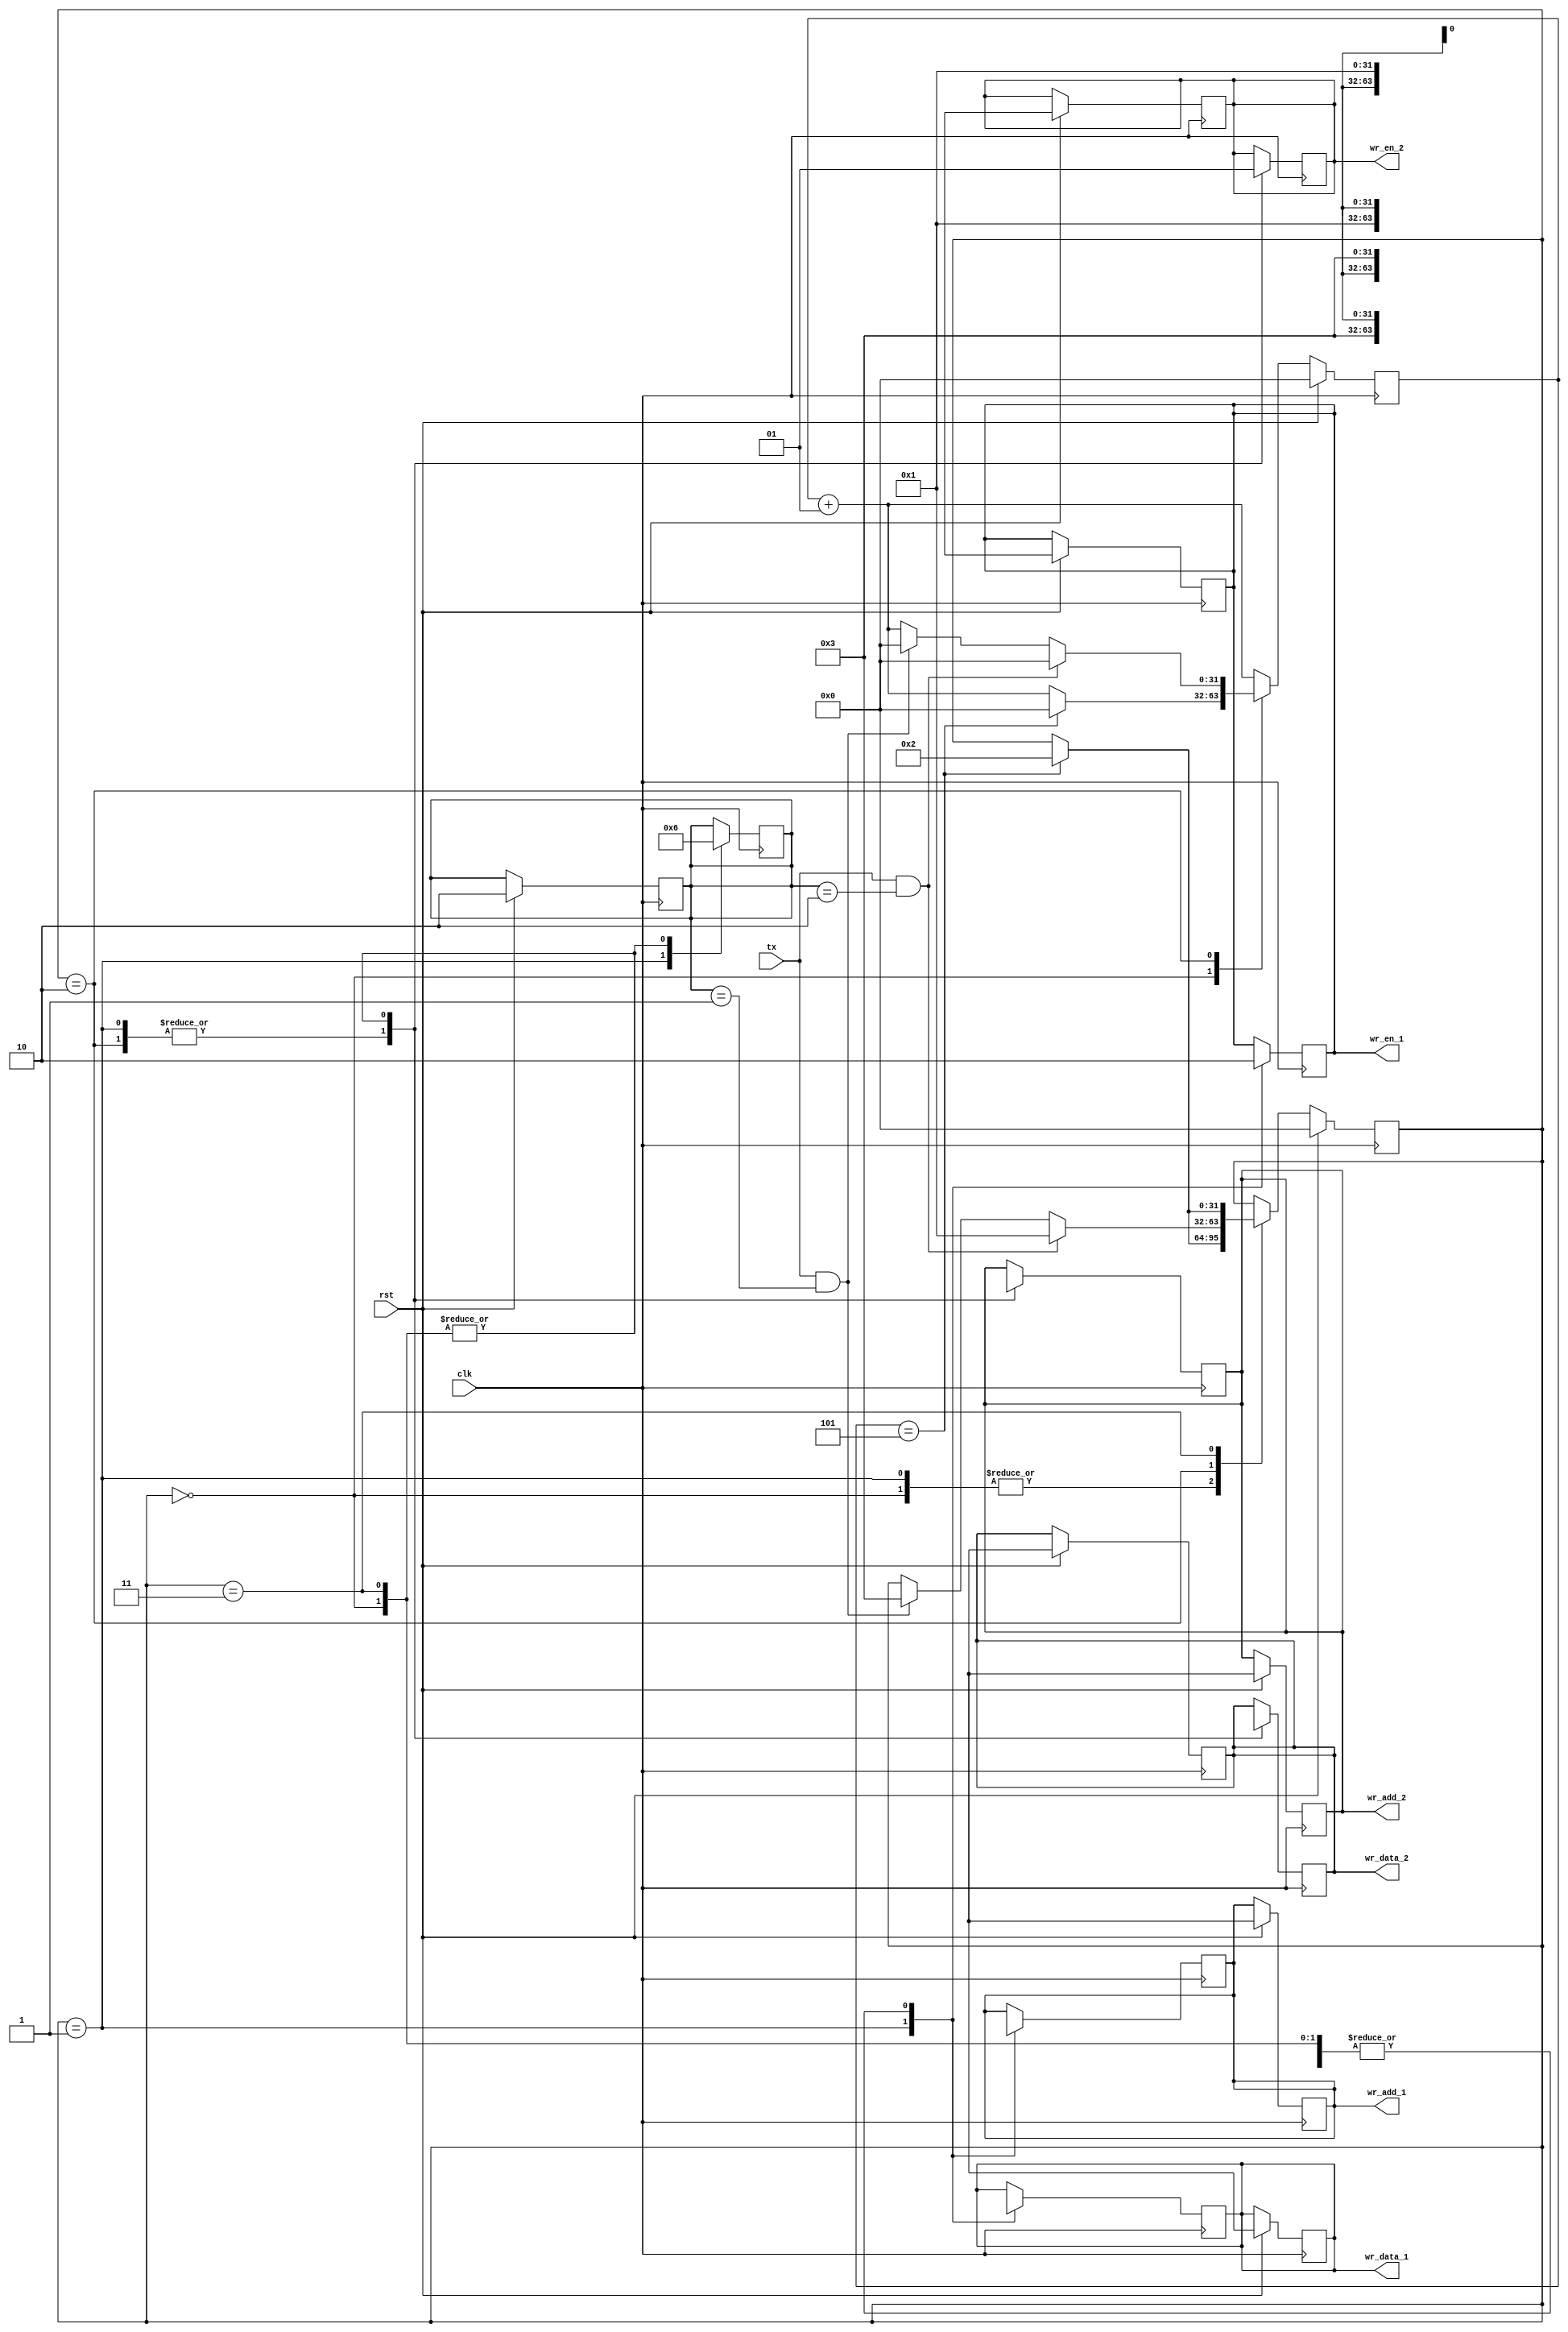
/*
    Author : Rakotojaona Nambinina
    email : Andrianoelisoa.Rakotojaona@gmail.com
    Description : State machine writing data alternatively to two different BRAM , BRAM1 and BRAM2
*/
`timescale 1ns / 1ps

module counter(
               clk,
               rst,
               tx,
               wr_en_1,
               wr_add_1,
               wr_data_1,
               wr_en_2,
               wr_add_2,
               wr_data_2
               );
  // input port
  input clk;
  input rst;
  input tx;
  // output port 
  output reg  wr_en_1; // enable BRAM1
  output reg [31:0] wr_add_1; // address of BRAM1
  output reg [31:0]wr_data_1; // write data
  output reg wr_en_2; // enable BRAM2
  output reg [31:0] wr_add_2; // write address BRAM2
  output reg [31:0] wr_data_2; // write data on BRAM2
  
  // memory occupied for the two BRAM
  reg [1:0] ramUsed;
  // counter 
  integer counter ;
  
  // state 
  integer state;
  
  always @ (posedge clk)
    begin
      counter <= counter + 1;
      if (rst)
        begin
          state <=0;
          counter <=0;
          ramUsed <=2'b10;
          wr_en_1 <=1'bx;
          wr_add_1 <= 32'dx;
          wr_data_1 <= 32'dx;
          wr_en_2 <=1'bx;
          wr_add_2 <= 32'dx;
          wr_data_2 <= 32'dx;
        end
      else
        begin
          case (state)
            0:
              begin
                if (counter ==32'd5)
                  begin
                    state <=2;
                    counter <=0;
                  end 
              end
            1:
              begin
                if (counter ==32'd5)
                  begin
                    state <=2;
                  end 
              end
            2:
              begin
                if (tx ==1  && ramUsed == 2'b01)
                  begin
                    state <=3;
                    counter <=0;
                  end
               if (tx ==1 && ramUsed == 2'b10)
                 begin
                   state <=1;
                   counter <=0;
                 end  
              end 
            3:
              begin
                if (counter == 5'd5)
                  begin
                    state <=2;
                  end 
              end  
          endcase
        end 
      end
  
  always @ (negedge clk)
    begin
      case (state)
        0:
          begin
             // ram Used
            ramUsed <=2'b10;
            // do not write to the BRAM1
            wr_en_1 <=0;
            wr_add_1 <= 32'dx;
            wr_data_1 <=32'dx;
            // Write to the BRAM2
            wr_en_2 <=1;
            wr_add_2 <= 32'd1;
            wr_data_2 <=32'd3;
          end
        1:
          begin
            // write BRAM1
            ramUsed <=2'b01;
            wr_en_1 <=1;
            wr_add_1 <= 32'd1;
            wr_data_1 <=32'd3;
            // Do not write BRAM2
            wr_en_2 <=0;
            wr_add_2 <= 32'dx;
            wr_data_2 <=32'dx;
          end
        2:
          begin
            // wait event it means we do not write BRAM1 AND BRAM2
            wr_en_1 <=0;
            wr_add_1 <= 32'dx;
            wr_data_1 <=32'dx;
            // Do not write BRAM2
            wr_en_2 <=0;
            wr_add_2 <= 32'dx;
            wr_data_2 <=32'dx;
          end
        3:
          begin
            ramUsed <=2'b10;
            // Do not write BRAM1
            wr_en_1 <=0;
            wr_add_1 <= 32'dx;
            wr_data_1 <=32'dx;
            // write BRAM2
            wr_en_2 <=1;
            wr_add_2 <= 32'd1;
            wr_data_2 <=32'd3;
          end 

      endcase
    end  

endmodule
/* 
Test bench


module ramtb(

    );
    
  reg clk;
  reg rst;
  reg tx;
  // output port 
  wire   wr_en_1; // enable BRAM1
  wire  [31:0] wr_add_1; // address of BRAM1
  wire  [31:0]wr_data_1; // write data
  wire  wr_en_2; // enable BRAM2
  wire  [31:0] wr_add_2; // write address BRAM2
  wire  [31:0] wr_data_2; // write data on BRAM2
  
  counter uut(
               clk,
               rst,
               tx,
               wr_en_1,
               wr_add_1,
               wr_data_1,
               wr_en_2,
               wr_add_2,
               wr_data_2
               );
  // input port
  initial
    begin
      clk =0;
      rst =1;
      tx=0;
      #10
      rst=0;
      #30
      tx=1;
      #10
      tx=0;
      #115
      tx=1;
      #10
      tx=0;
    end 
  always
    begin
      #5 clk = ! clk;
    end
endmodule
*/